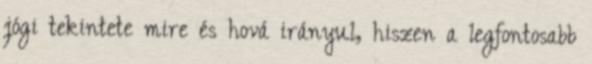
jógi tekintete mire és hová irányul, hiszen a legfontosabb